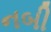
નબી